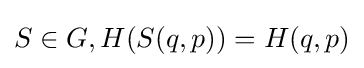
S\in G,H(S(q,p))=H(q,p)